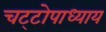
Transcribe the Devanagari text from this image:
चट्‌टोपाध्याय